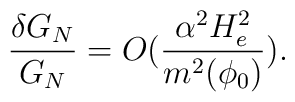
\frac{\delta G_N}{G_N}=O(\frac{\alpha^2 H^2_e}{m^2(\phi_0)}).